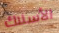
الأسلاك